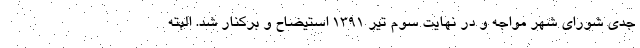
جدی شورای شهر مواجه و در نهایت سوم تیر ۱۳۹۱ استیضاح و برکنار شد. البته